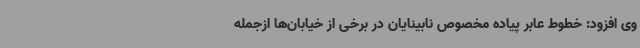
وی افزود: خطوط عابر پیاده مخصوص نابینایان در برخی از خیابان‌ها ازجمله